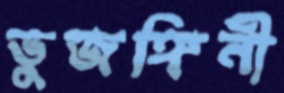
ভুজঙ্গিনী